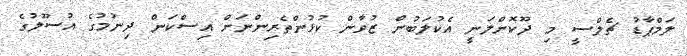
ލަމްޕާޑު ޗެލްސީ މި ދޫކޮށްލަނީ އެކުލަބުން ޒުވާން ކުޅުންތެރިންނަށް އިސްކަން ދިނުމުގެ އުސޫލުގެ